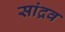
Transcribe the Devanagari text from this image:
सांद्रव